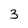
Character: 3